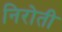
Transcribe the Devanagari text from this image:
निरोती